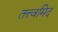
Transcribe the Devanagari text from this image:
तत्त्वमिदं